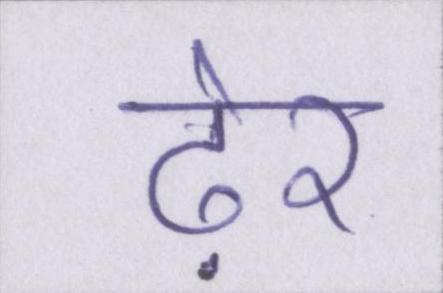
ढ़ेर